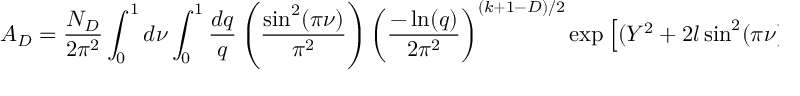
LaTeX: A _ { D } = \frac { { \cal N } _ { D } } { 2 \pi ^ { 2 } } \int _ { 0 } ^ { 1 } d \nu \int _ { 0 } ^ { 1 } \frac { d q } { q } \left( \frac { \sin ^ { 2 } ( \pi \nu ) } { \pi ^ { 2 } } \right) \left( \frac { - \ln ( q ) } { 2 \pi ^ { 2 } } \right) ^ { ( k + 1 - D ) / 2 } \exp \left[ ( Y ^ { 2 } + 2 l \sin ^ { 2 } ( \pi \nu ) ) / \ln ( q ) \right]